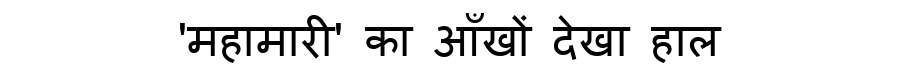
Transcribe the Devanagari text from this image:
'महामारी' का आँखों देखा हाल